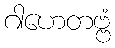
ဂါဟေတဗ္ဗံ